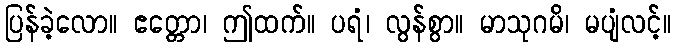
ပြန်ခဲ့လော။ ဧတ္တော၊ ဤထက်။ ပရံ၊ လွန်စွာ။ မာသုဂမိ၊ မပျံလင့်။